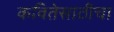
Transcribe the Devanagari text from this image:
कवितेसाठीचा